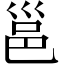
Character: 邕